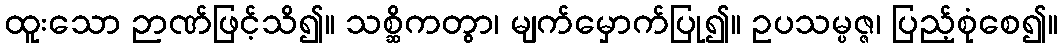
ထူးသော ဉာဏ်ဖြင့်သိ၍။ သစ္ဆိကတွာ၊ မျက်မှောက်ပြု၍။ ဥပသမ္ပဇ္ဇ၊ ပြည့်စုံစေ၍။